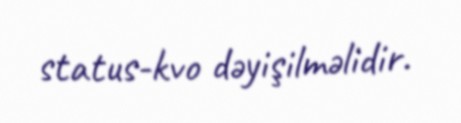
status-kvo dəyişilməlidir.